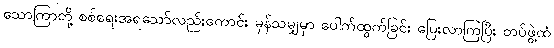
သောကြာတို့ စစ်ရေးအရသော်လည်းကောင်း မှန်သမျှမှာ ပေါက်ထွက်ခြင်း ပြေးလာကြပြီး တပ်ဖွဲ့ထံ